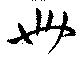
卌